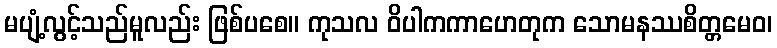
မပျံ့လွင့်သည်မူလည်း ဖြစ်ပစေ။ ကုသလ ဝိပါကကာဟေတုက သောမနဿစိတ္တမေဝ၊